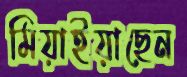
মিয়াইয়াছেন